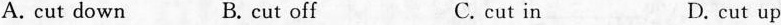
A. cut down B. cut off C. cut in D. cut up